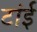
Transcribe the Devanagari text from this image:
टांई